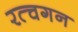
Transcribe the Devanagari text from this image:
रत्चगन